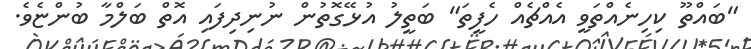
"ބައްތޫ ކިހިނެއްތަވީ އެއްޗެއް ހެފީތަ" ބަތީލު އުޅޭގޮތުން ނުނިދިފައި އޮތް ބަލްމާ ބުންޏެވެ.